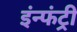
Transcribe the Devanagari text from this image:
इंन्फंट्री